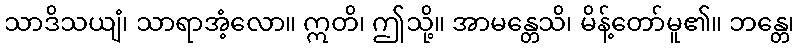
သာဒိသယျံ၊ သာရာအံ့လော။ ဣတိ၊ ဤသို့။ အာမန္တေသိ၊ မိန့်တော်မူ၏။ ဘန္တေ၊